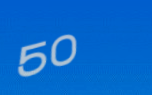
50%